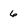
Character: 6